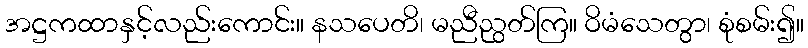
အဋ္ဌကထာနှင့်လည်းကောင်း။ နသပေတိ၊ မညီညွတ်ကြ။ ဝိမံသေတွာ၊ စုံစမ်း၍။